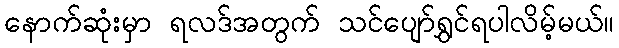
နောက်ဆုံးမှာ ရလဒ်အတွက် သင်ပျော်ရွှင်ရပါလိမ့်မယ်။